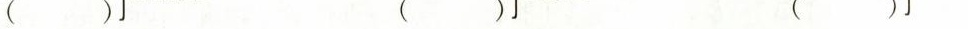
( ) ( ) ( )